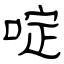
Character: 啶